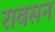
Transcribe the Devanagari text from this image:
रावसन